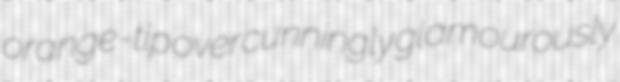
orange-tip overcunningly glamourously